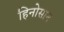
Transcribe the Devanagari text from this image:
हिनोसान